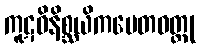
ကူဋဝိနိစ္ဆယိကပေတဝတ္ထု